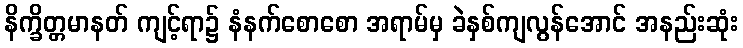
နိက္ခိတ္တမာနတ် ကျင့်ရာ၌ နံနက်စောစော အရာမ်မှ ခဲနှစ်ကျလွန်အောင် အနည်းဆုံး